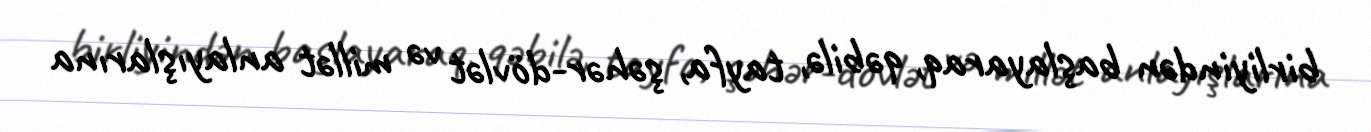
birliyindən başlayaraq, qəbilə, tayfa, şəhər-dövlət və millət anlayışlarına